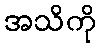
အသိကို